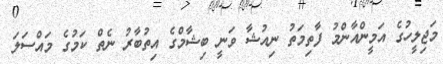
މަޖިލީހުގެ އަމީންއާންމު ފާތިމަތު ނިއުޝާ ވަނީ ބިޝާމްގެ އިތުބާރު ނެތް ކަމުގެ މައްސަލަ